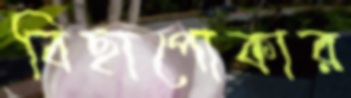
বিছাপোকার